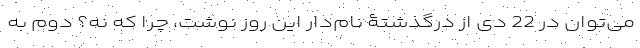
می‌توان در 22 دی از درگذشتۀ نام‌دار این روز نوشت، چرا که نه؟ دوم به